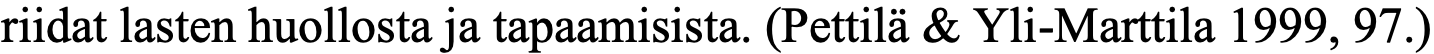
riidat lasten huollosta ja tapaamisista. (Pettilä & Yli-Marttila 1999, 97.)